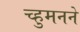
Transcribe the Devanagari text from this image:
च्हुमनने